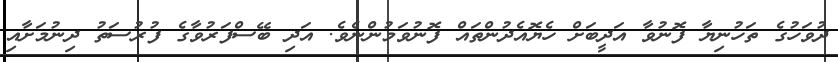
ދުވަހުގެ ތަހުނިޔާ ފޮނުވާ އަދީބަށް ހެޔޮއެދުންތައް ފޮނުވަމުންނެވެ. އަދި ބޭސްފަރުވާގެ ފުރުސަތު ދިނުމަށާއި